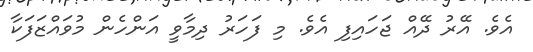
އެވެ. އޭރު ދޭއް ޖަހައިފި އެވެ. މި ފަހަރު ދިމާވީ އަންހެން މުވައްޒަފަކާ